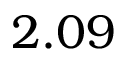
2 . 0 9